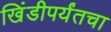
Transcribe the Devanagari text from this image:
खिंडीपर्यंतचा